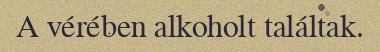
A vérében alkoholt találtak.